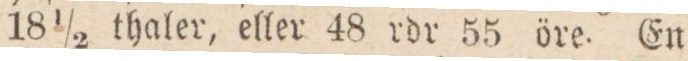
18 ½ thaler, eller 48 rdr 55 öre. En